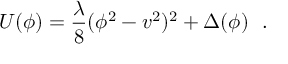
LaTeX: U ( \phi ) = \frac { \lambda } { 8 } ( \phi ^ { 2 } - v ^ { 2 } ) ^ { 2 } + \Delta ( \phi ) ~ ~ .